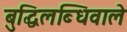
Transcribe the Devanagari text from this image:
बुद्धिलब्धिवाले